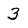
Character: 3